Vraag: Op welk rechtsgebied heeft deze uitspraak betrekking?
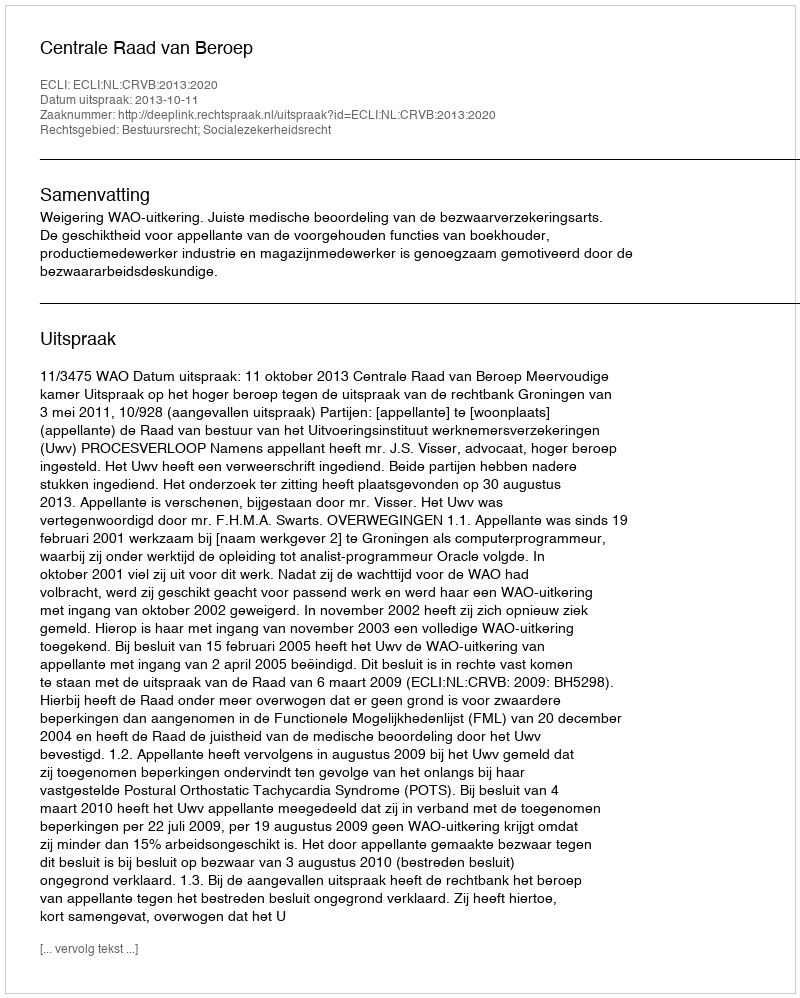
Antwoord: Bestuursrecht; Socialezekerheidsrecht